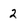
Character: 2